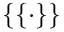
\{ \{ \cdot \} \}